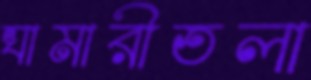
ঘামারীতলা